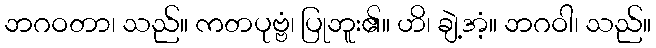
ဘဂဝတာ၊ သည်။ ကတပုဗ္ဗံ၊ ပြုဘူး၏။ ဟိ၊ ချဲ့အံ့။ ဘဂဝါ၊ သည်။